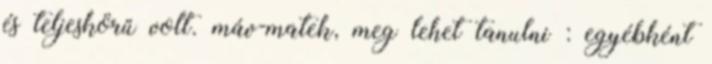
és teljeskörű volt. máv-matek, meg lehet tanulni : egyébként